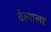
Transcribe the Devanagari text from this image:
वेल्शला